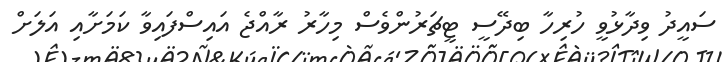
ސައީދު ވިދާޅުވީ ހުރިހާ ބިދޭސީ ޓީޗަރުންވެސް މިހާރު ރާއްޖެ އައިސްފައިވާ ކަމަށާއި އަލަށް